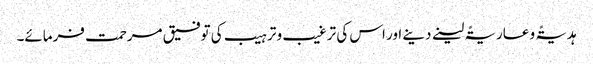
ہدیۃً و عاریۃً لینے دینے اور اس کی ترغیب و ترہیب کی توفیق مرحمت فرمائے۔